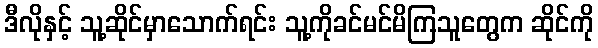
ဒီလိုနှင့် သူ့ဆိုင်မှာသောက်ရင်း သူ့ကိုခင်မင်မိကြသူတွေက ဆိုင်ကို